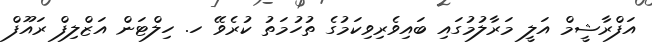
އަފްރާޝީމް އަލީ މަރާލުމުގައި ބައިވެރިވިކަމުގެ ތުހުމަތު ކުރެވޭ ހ. ހިލްޓަން އަޒްލިފް ރައޫފް